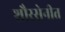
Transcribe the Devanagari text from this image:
शौरसेनीत